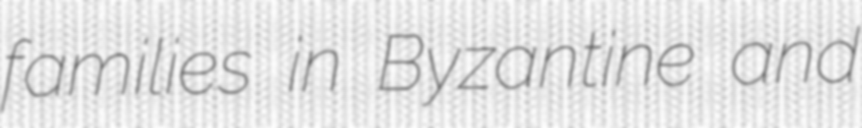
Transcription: families in Byzantine and